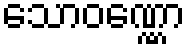
သောဝဏ္ဏော